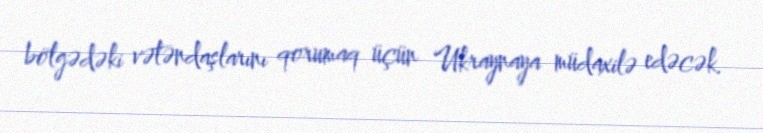
bölgədəki vətəndaşlarını qorumaq üçün Ukraynaya müdaxilə edəcək.